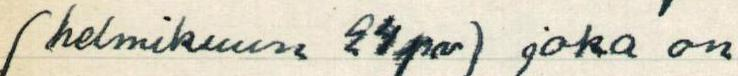
(helmikuun 24pv) joka on